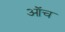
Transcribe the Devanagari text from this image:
ऑच